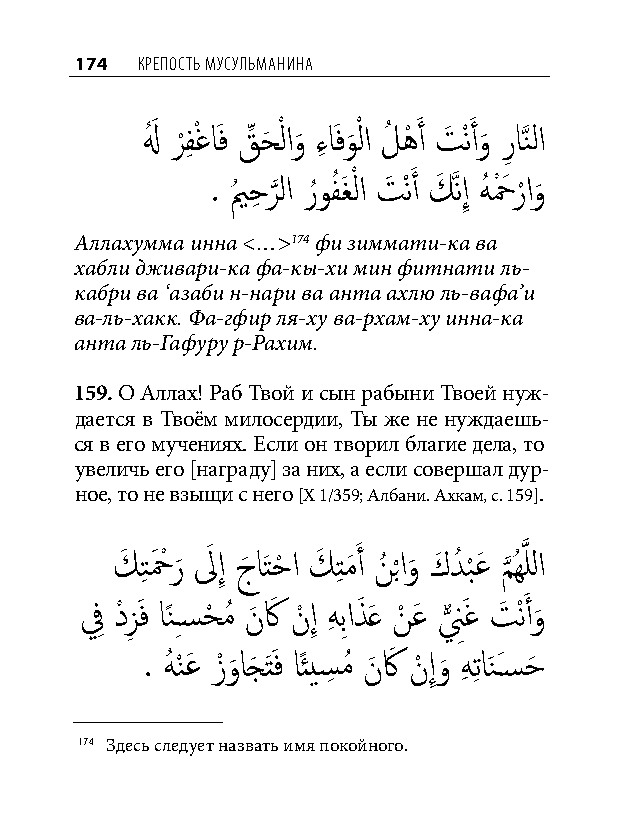
174 КреПость мусульманина
 لهُ َ ر
 ْ
 فِ ْغاَف قِّ حَ ْ لاو
 َ
 ءِ اَفو
 َ
 ْ لا لُ هْ َ أ تَ ْنَ أو
 َ
 رِ اَّذنلا
 . يمُ حِ ر
 َّذ
 لا رُوفُ َغْ لا تَ ْنَ أ كَ َّذنإِ هُ حْ َ ر ْاو
 َ
 Аллахумма инна <…>174 фи зиммати-ка ва
 хабли дживари-ка фа-кы-хи мин фитнати ль-
 кабри ва ‘азаби н-нари ва анта ахлю ль-вафа’и
 ва-ль-хакк. Фа-гфир ля-ху ва-рхам-ху инна-ка
 анта ль-Гафуру р-Рахим.
 159. О Аллах! Раб Твой и сын рабыни Твоей нуж-
 дается в Твоём милосердии, Ты же не нуждаешь-
 ся в его мучениях. Если он творил благие дела, то
 увеличь его [награду] за них, а если совершал дур-
 ное, то не взыщи с него [Х 1/359; Албани. Ахкам, с. 159].
 كَ تِ حَ ْ ر
 َ
 لَ إِ جَ اَتحْ ا كَ تِ مَ َ أ نُ ب ْاو
 َ
 كَ دُ ب
 ْ
 عَ م
 َّذ
 ُهَّذ للا
 فِ دْزِ َف اًنِسسحْ مُ نَ كَ نْ إِ هِ بِاذَ َع نْ عَ ن
 ٌّ
 َِغ تَ ْنَ أو
 َ
 . هُ نْ عَ زْ و
 َ
 اجَ َتَف اًئيسِ مُ نَ كَ نْ إِو
 َ
 هِ تِ اَنَسسحَ
 174 Здесь следует назвать имя покойного.